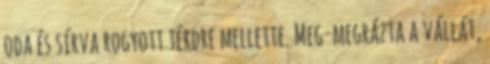
oda és sírva rogyott térdre mellette. Meg-megrázta a vállát,